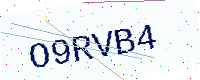
Text: O9RVB4